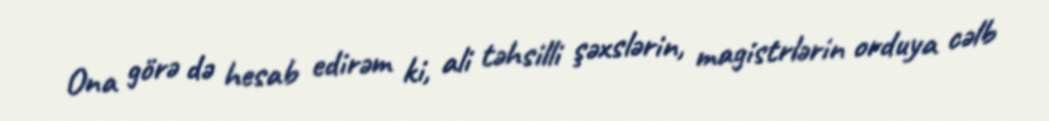
Ona görə də hesab edirəm ki, ali təhsilli şəxslərin, magistrlərin orduya cəlb